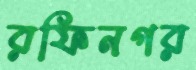
রফিনগর